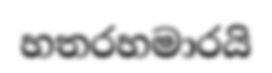
හතරහමාරයි